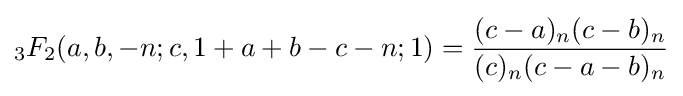
{}_{3}F_{2}(a,b,-n;c,1+a+b-c-n;1)={\frac {(c-a)_{n}(c-b)_{n}}{(c)_{n}(c-a-b)_{n}}}